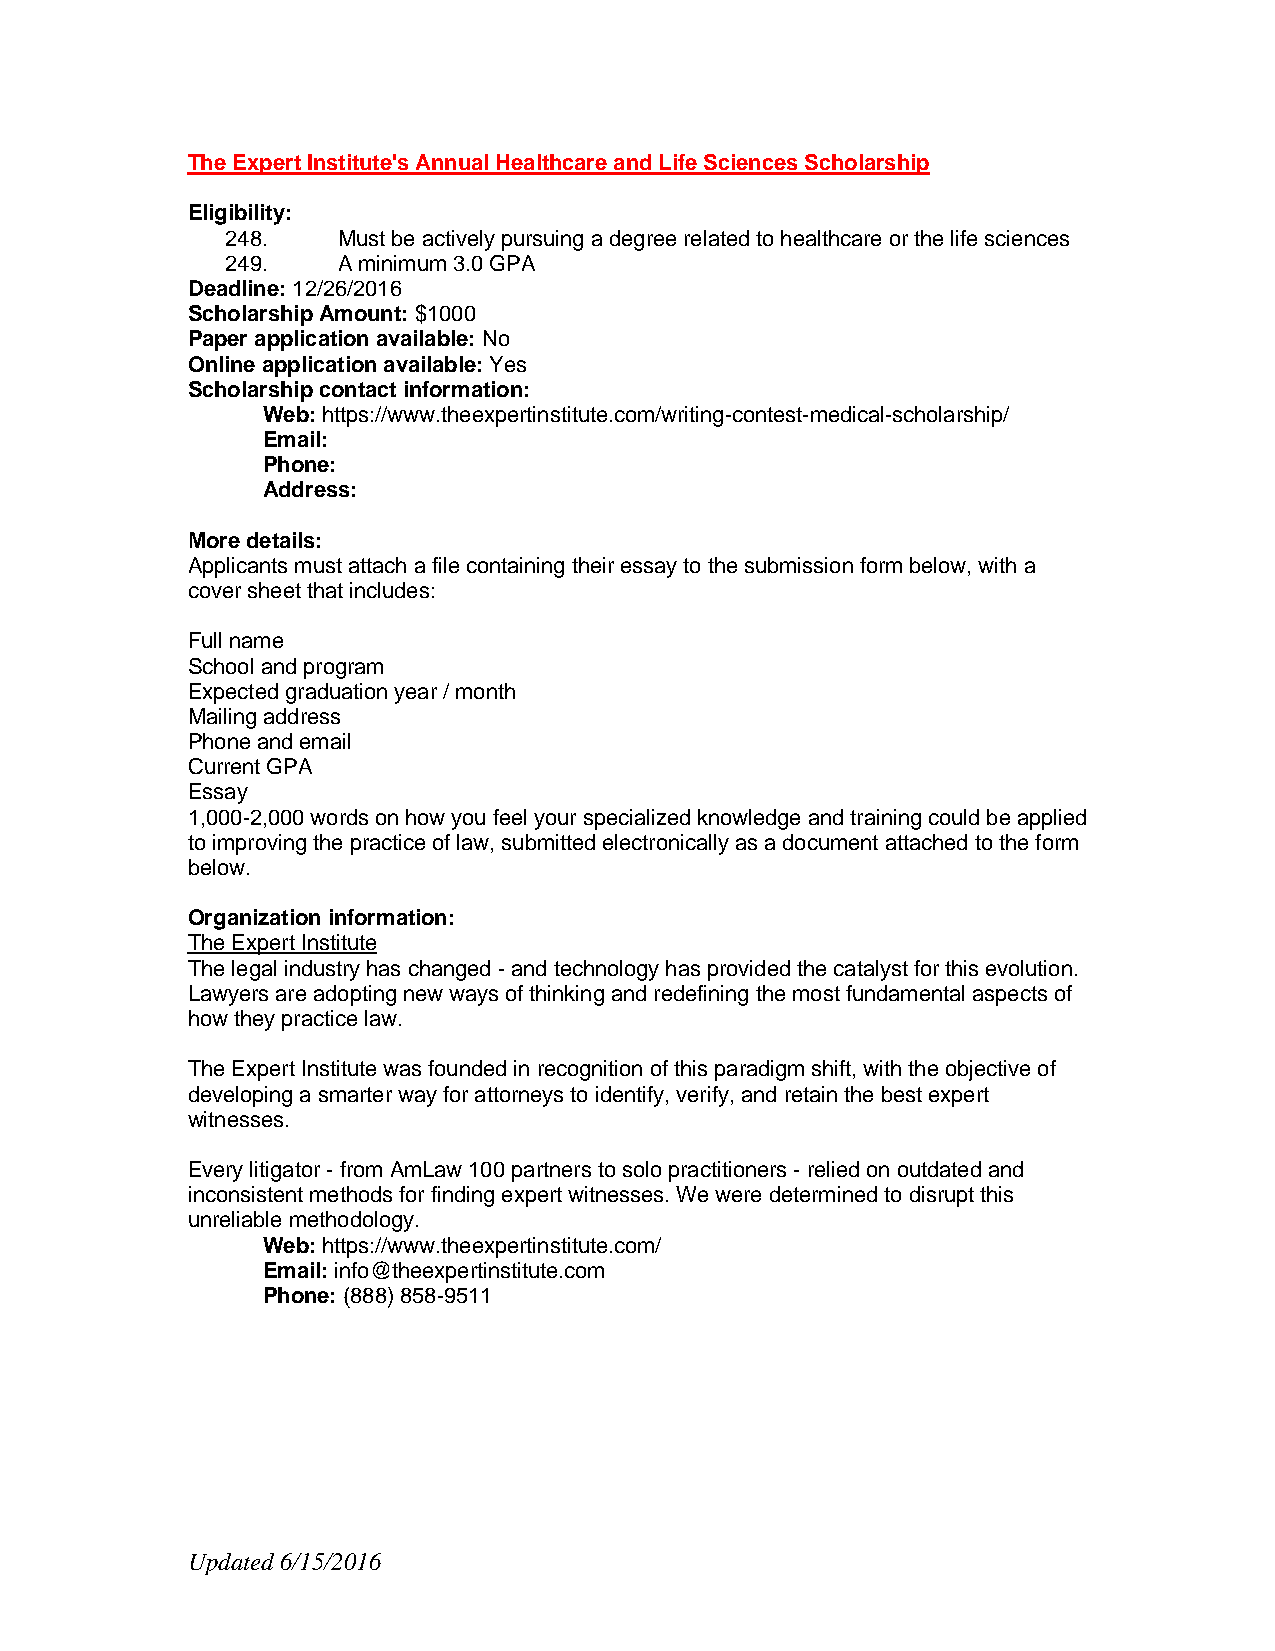
The Expert Institute's Annual Healthcare and Life Sciences Scholarship
 Eligibility:
 248.   Must be actively pursuing a degree related to healthcare or the life sciences
 249.   A minimum 3.0 GPA
 Deadline: 12/26/2016
 Scholarship Amount: $1000
 Paper application available: No
 Online application available: Yes
 Scholarship contact information:
 Web: https://www.theexpertinstitute.com/writing-contest-medical-scholarship/
 Email:
 Phone:
 Address:
 More details:
 Applicants must attach a file containing their essay to the submission form below, with a
 cover sheet that includes:
 Full name
 School and program
 Expected graduation year / month
 Mailing address
 Phone and email
 Current GPA
 Essay
 1,000-2,000 words on how you feel your specialized knowledge and training could be applied
 to improving the practice of law, submitted electronically as a document attached to the form
 below.
 Organization information:
 The Expert Institute
 The legal industry has changed - and technology has provided the catalyst for this evolution.
 Lawyers are adopting new ways of thinking and redefining the most fundamental aspects of
 how they practice law.
 The Expert Institute was founded in recognition of this paradigm shift, with the objective of
 developing a smarter way for attorneys to identify, verify, and retain the best expert
 witnesses.
 Every litigator - from AmLaw 100 partners to solo practitioners - relied on outdated and
 inconsistent methods for finding expert witnesses. We were determined to disrupt this
 unreliable methodology.
 Web: https://www.theexpertinstitute.com/
 Email: info@theexpertinstitute.com
 Phone: (888) 858-9511
 Updated 6/15/2016